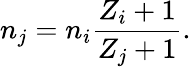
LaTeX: n_{j}=n_{i}{\frac{Z_{i}+1}{Z_{j}+1}}.